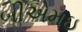
બીએમઇ